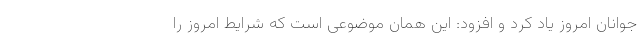
جوانان امروز یاد کرد و افزود: این همان موضوعی است که شرایط امروز را